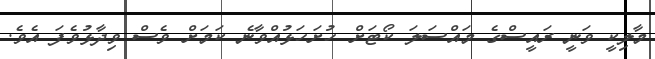
މާލިކީ ވަނީ ރައީސްގެ މައްސަލަ ކޯޓަށް ހުށަހަޅުއްވާނެ ކަމަށް ވެސް ވިދާޅުވެފަ އެވެ.